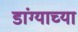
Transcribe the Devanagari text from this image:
डांग्याच्या